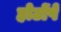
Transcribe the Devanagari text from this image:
होटोंपे